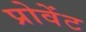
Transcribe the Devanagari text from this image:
प्रोवेंट